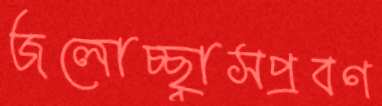
জলোচ্ছ্বাসপ্রবণ